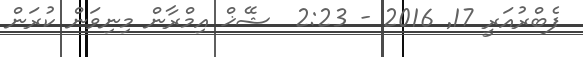
ފެބްރުއަރީ 17